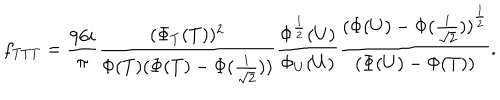
LaTeX: f _ { T T T } = \frac { 9 6 i } { \pi } \frac { ( \Phi _ { T } ( T ) ) ^ { 2 } } { \Phi ( T ) ( \Phi ( T ) - \Phi ( \frac { i } { \sqrt { 2 } } ) ) } \frac { \Phi ^ { \frac { 1 } { 2 } } ( U ) } { \Phi _ { U } ( U ) } \frac { { ( \Phi ( U ) - \Phi ( \frac { i } { \sqrt { 2 } } ) ) } ^ { \frac { 1 } { 2 } } } { ( \Phi ( U ) - \Phi ( T ) ) } .